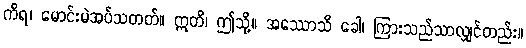
ကိရ၊ မောင်းမဲအပ်သတတ်။ ဣတိ၊ ဤသို့။ အဿောသိ ခေါ၊ ကြားသည်သာလျှင်တည်း။